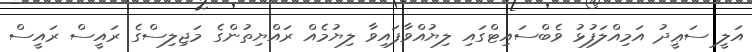
އަލީ ސަޢީދު އަމިއްލަފުޅު ވެބްސައިޓްގައި ލިޔުއްވާފައިވާ ލިޔުމެއް ރައްޔިތުންގެ މަޖިލިސްގެ ރައީސް ރައީސް